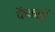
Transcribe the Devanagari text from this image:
केंकड़ों